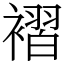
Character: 褶